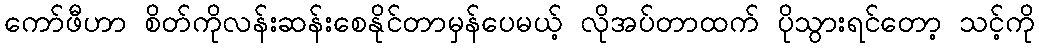
ကော်ဖီဟာ စိတ်ကိုလန်းဆန်းစေနိုင်တာမှန်ပေမယ့် လိုအပ်တာထက် ပိုသွားရင်တော့ သင့်ကို